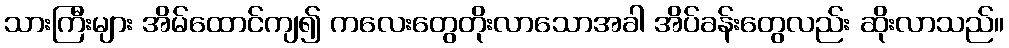
သားကြီးများ အိမ်ထောင်ကျ၍ ကလေးတွေတိုးလာသောအခါ အိပ်ခန်းတွေလည်း ဆိုးလာသည်။